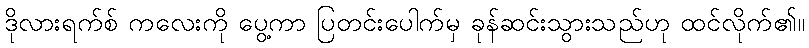
ဒိုလားရက်စ် ကလေးကို ပွေ့ကာ ပြတင်းပေါက်မှ ခုန်ဆင်းသွားသည်ဟု ထင်လိုက်၏။